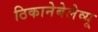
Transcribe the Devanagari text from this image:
ठिकानेबेलेव्यू